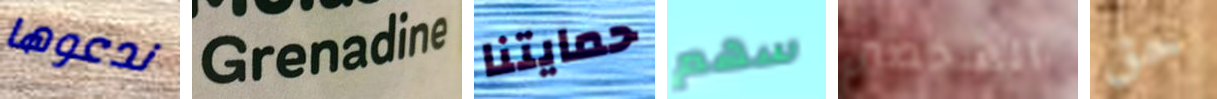
ندعوها Grenadine حمايتنا سهم الشخصين حق